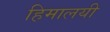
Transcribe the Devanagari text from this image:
हिमालयी